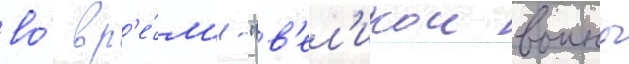
во́ вр'е́м'я "в'ел'икои воины